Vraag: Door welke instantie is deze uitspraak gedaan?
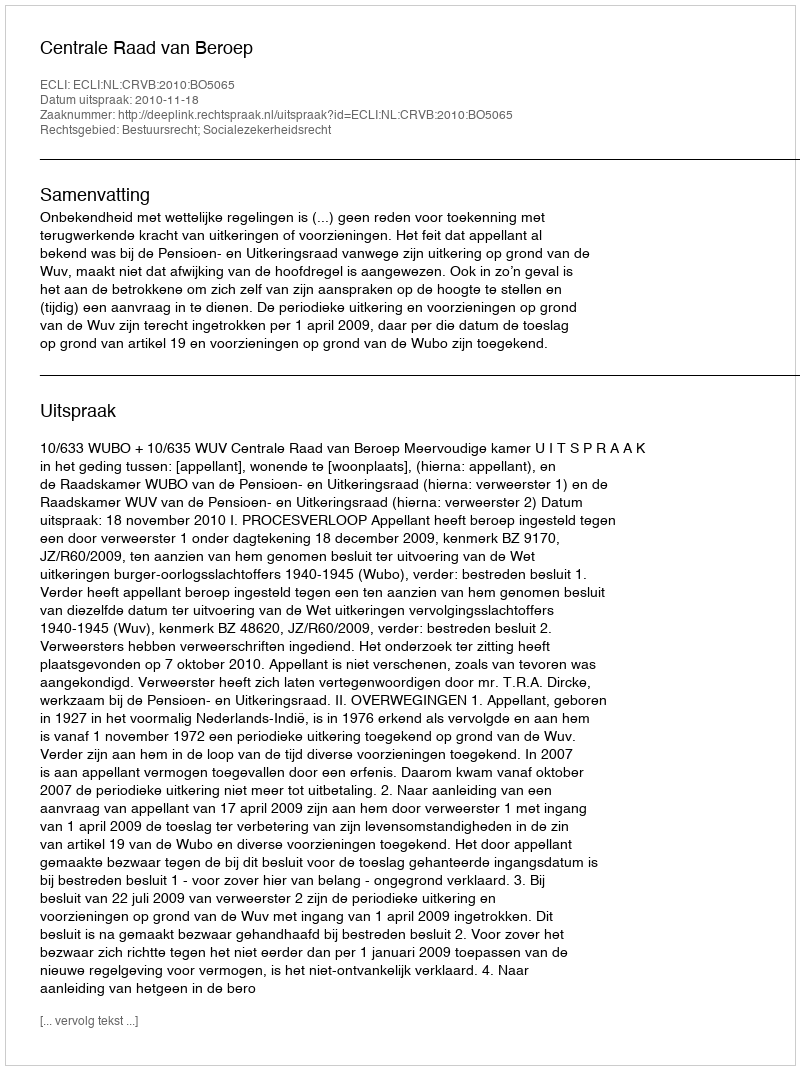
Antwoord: Centrale Raad van Beroep